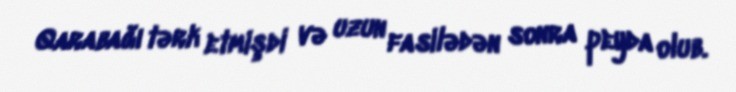
Qarabağı tərk etmişdi və uzun fasilədən sonra peyda olub.